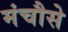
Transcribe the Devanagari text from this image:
मंचौसे